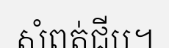
សំពត់ជីប។